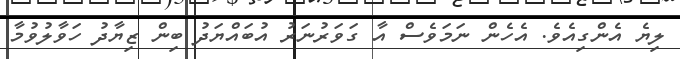
ލިޔެ އެންގިއެވެ. އެހެން ނަމަވެސް އާ ގަވަރުނަރު އުބައްޔަދު ބިން ޒިޔާދު ހަވާލުވުމާ